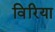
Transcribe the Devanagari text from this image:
विरिया